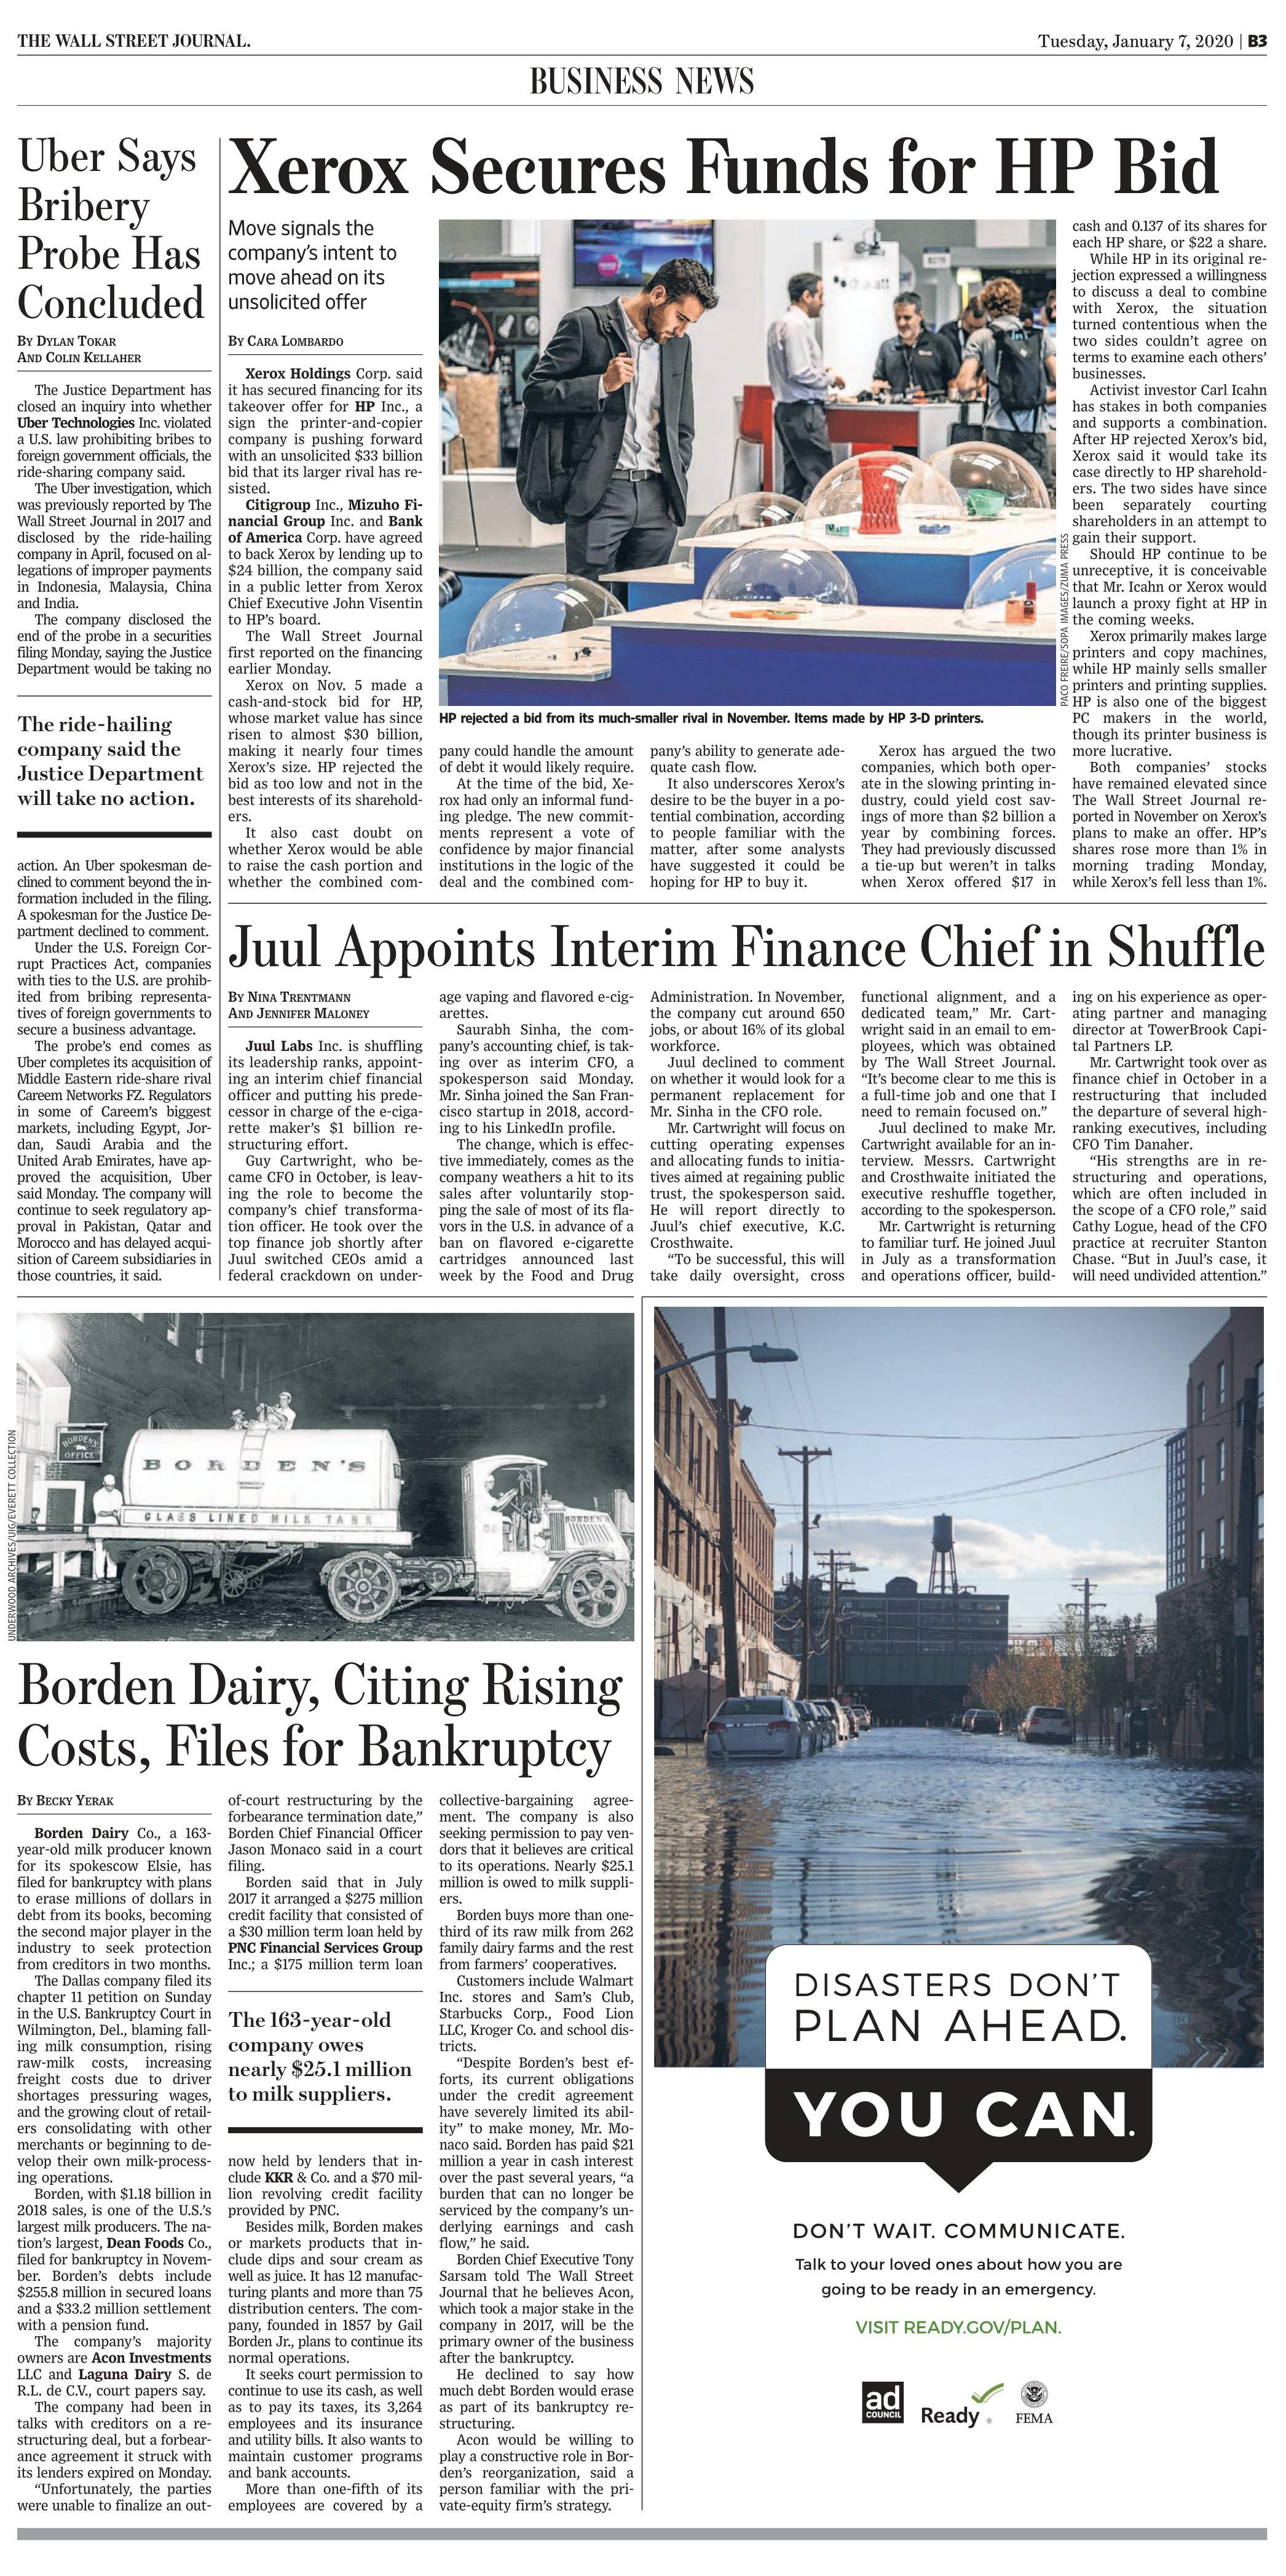
Language: en